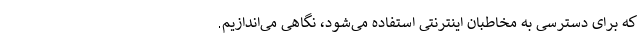
که برای دسترسی به مخاطبان اینترنتی استفاده می‌شود، نگاهی می‌اندازیم.